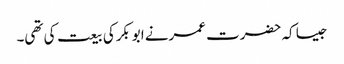
جیسا کہ حضرت عمرنے ابوبکرکی بیعت کی تھی۔